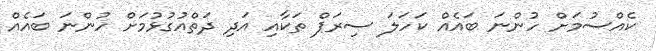
ކެއްސުމަށް ހުންނަ ބައެއް ކަހަލަ ސިރަޕް ތަކާއި އަދި ދަތްއުގުޅުމަށް ހުންނަ ބައެއް